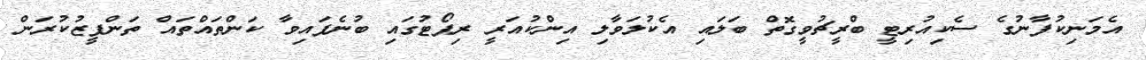
އެމަނިކުފާނުގެ ސެކިއުރިޓީ ބްރީޗުވީގޮތް ބަލައި އެކުލަވާލި އިންކުއަރީ ރިޕޯޓުގައި ބުނެފައިވާ ކަންތައްތައް ތަންފީޒުކުރަން